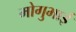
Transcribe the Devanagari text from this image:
मोगुभाई